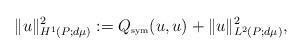
LaTeX: \begin{align*}\|u\|^2_{H^1(P;d\mu)} := Q_{\hbox{\tiny{sym}}} (u, u) + \|u\|^2_{L^2(P;d\mu)},\end{align*}